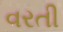
વરતી